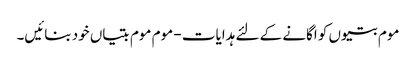
موم بتیوں کو اگانے کے لئے ہدایات - موم موم بتیاں خود بنائیں۔